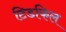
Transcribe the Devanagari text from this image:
टिडफिल